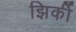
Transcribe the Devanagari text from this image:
झिर्की